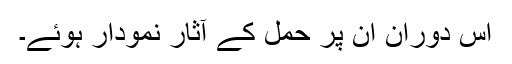
اس دوران اُن پر حمل کے آثار نمودار ہوئے۔